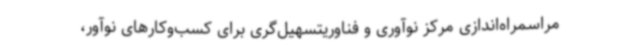
مراسمراه‌اندازی مرکز نوآوری و فناوریتسهیل‌گری برای کسب‌وکارهای نوآور،